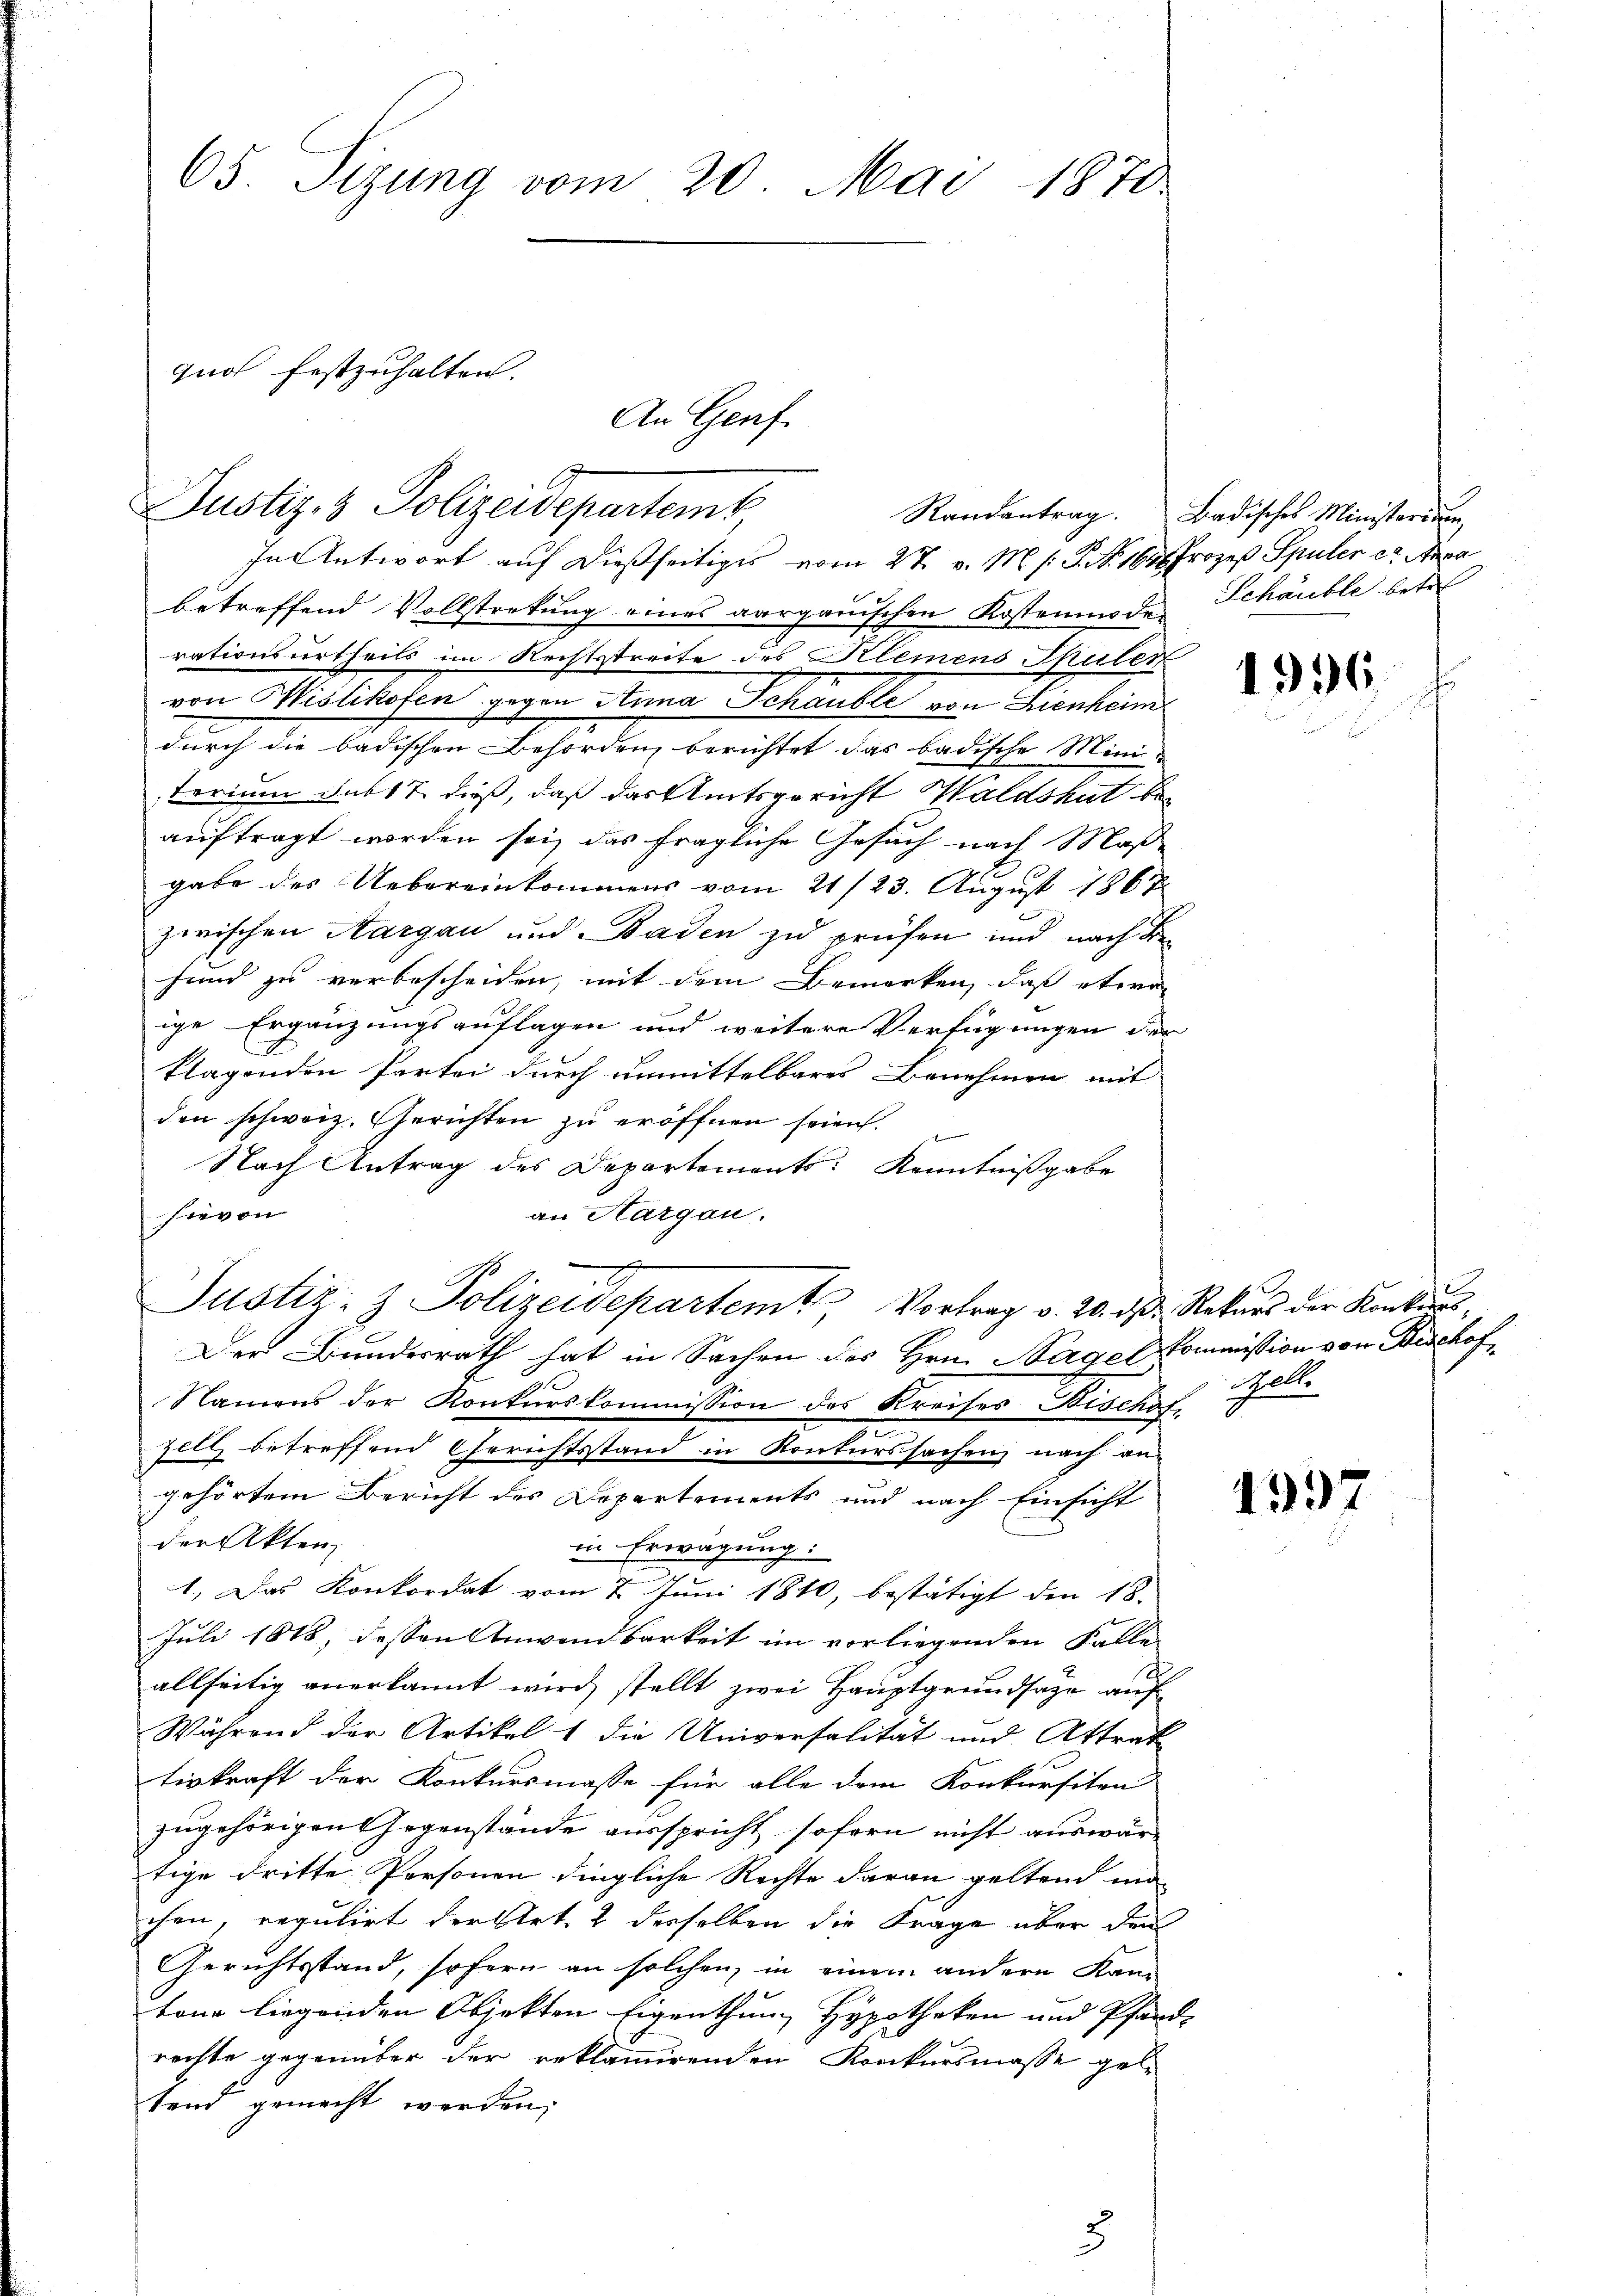
65. Sizung vom 20. Mai 1870

Justiz- & Polizeidepartemb

quos festzuhalten.

An Genf

In Antwort auf dießseitiges vom 27. v. Ms. P. Nr. 164 Prozeß Spuler et. Anna
betreffend Vollstretung eines aargauischen Kostenmode Schäuble betr
rationsurtheils im Rechtsstreite des Klemens Spuler
von Mislikofen gegen Anna Schaubli von Lienheim
durch die badischen Behörden berichtet das badische Ministerium sub 17 dieß, daß das Amtsgericht Waldshut beauftragt worden sei, das fragliche Gesuch nach Maß-
gabe des Uebereinkommens vom 21/23. August 1867
zwischen Aargau und Baden zu prüfen und nach die
sind zu verbescheiden, mit dem Bemerken, daß etwa
ige Ergänzungsauflagen und weitere Verfügungen der
klagenden Partei durch unmittelbares Benehmen mit
den schweiz. Gerichten zu eröffnen seien.
e
Nach Antrag des Departements Kenntnißgabe
hievon
an Hargau.
Justiz- & Polizeidepartemt Vortrag v. 20. d. Rekurs der Konkurs,
Der Bundesrath hat in Sachen des Hrn. Nagel Kommission von Bischof¬
Namens der Konkurskommission des Kreises Bisches Zell.
zell betreffend Gerichtsstand in Konturssachen nach an-
gehörtem Bericht des Departements und nach Einsicht
der Akten
in Erwägung:
1.) Das Konkordat vom 2. Juni 1810, bestätigt den 18.
Juli 1818, dessen Anwendbarkeit im vorliegenden Falle
allseitig anerkannt wird, stellt zwei Hauptgrundsage auf
Während der Artikel 1 die Universalität und Attrak
tiskraft der Konkursmasse für alle dem Konkursiten
zugehörigen Gegenstände ausspricht sofern nicht auswärtige dritte Personen dingliche Rechte daran geltend un
chen, regulirt der Art. 2 derselben die Frage über den
Gerichtsstand, sofern an solchen, in einem andern Kantone liegenden Objekten Eigenthum Hypotheken und Pfand-
rechte gegenüber der reklamirenden Konkursmasse gel-
tend gemacht werden,

Randantrag. Badisches Ministerium,

1336.

c

4337